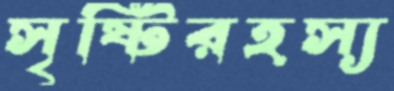
সৃষ্টিরহস্য